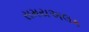
સમયઅલક